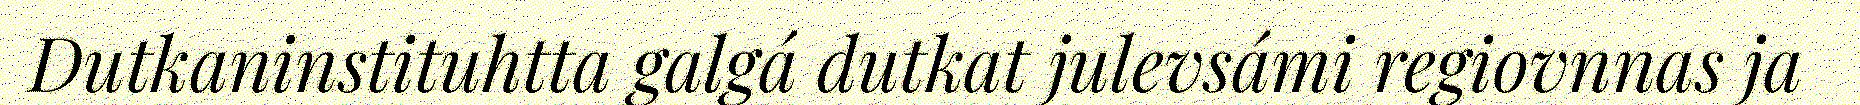
Dutkaninstituhtta galgá dutkat julevsámi regiovnnas ja